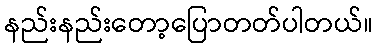
နည်းနည်းတော့ပြောတတ်ပါတယ်။